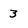
Character: 3